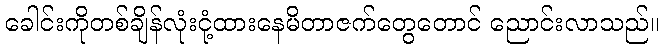
ခေါင်းကိုတစ်ချိန်လုံးငုံ့ထားနေမိတာဇက်တွေတောင် ညောင်းလာသည်။